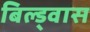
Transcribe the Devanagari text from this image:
बिल्ड्वास